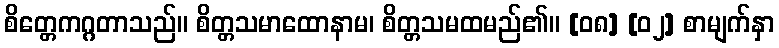
စိတ္တေကဂ္ဂတာသည်။ စိတ္တသမာထောနာမ၊ စိတ္တသမထမည်၏။ [၀၈] [၀၂] စာမျက်နှာ